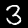
Digit: 3